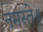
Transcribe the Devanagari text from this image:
नमस्ते॥